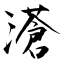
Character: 濸